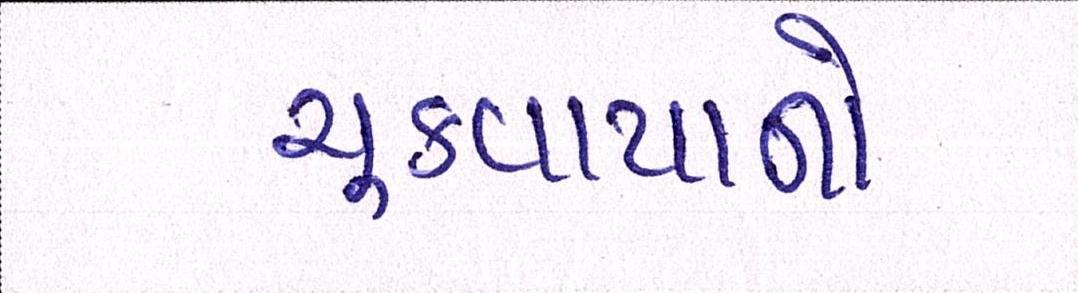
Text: ચૂકવાયાનો